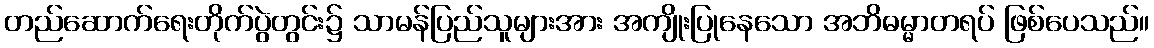
တည်ဆောက်ရေးတိုက်ပွဲတွင်း၌ သာမန်ပြည်သူများအား အကျိုးပြုနေသော အဘိဓမ္မာတရပ် ဖြစ်ပေသည်။